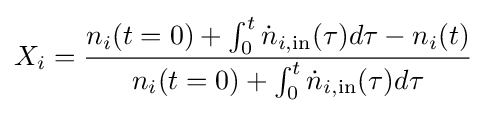
X_{i}={\frac {n_{i}(t=0)+\int _{0}^{t}{\dot {n}}_{i,{\text{in}}}(\tau )d\tau -n_{i}(t)}{n_{i}(t=0)+\int _{0}^{t}{\dot {n}}_{i,{\text{in}}}(\tau )d\tau }}